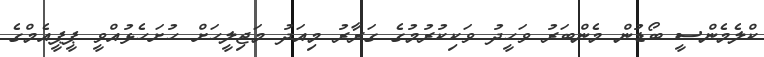
ކްލެމެންސީ ބޯޑުން މެންބަރު ވަހީދު ވަކިކުރުމުގެ ގަރާރު މިއަދު މަޖިލީހަށް ހުށަހެޅުއްވީ ޕީޕީއެމްގެ